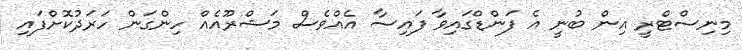
މިނިސްޓްރީ އިން ބުނީ އެ ފަންޑްގައިވާ ފައިސާ އެއްވެސް މަޝްރޫއެއް ހިންގަން ހަރަދުކޮށްފައި